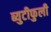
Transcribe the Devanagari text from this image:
ब्युटीफुली